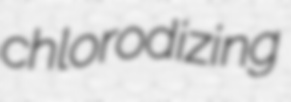
chlorodizing